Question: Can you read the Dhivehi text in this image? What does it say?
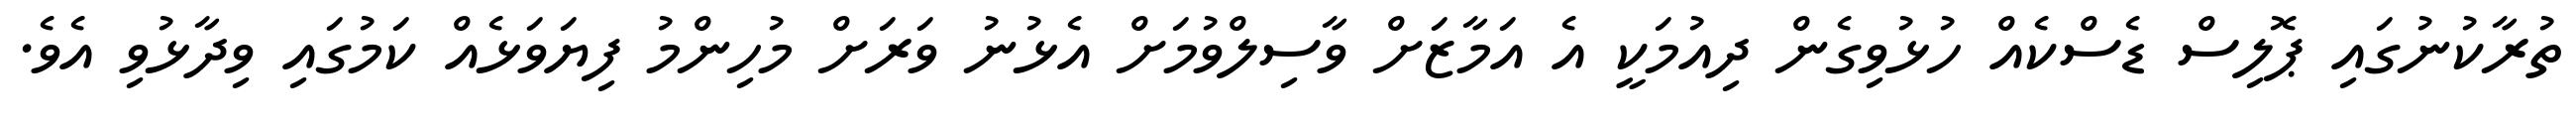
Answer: ތުރާކުނުގައި ޕޮލިސް ޑެސްކެއް ހުޅުވިގެން ދިއުމަކީ އެ އަމާޒަށް ވާސިލްވުމަށް އެޅުނު ވަރަށް މުހިންމު ފިޔަވަޅެއް ކަމުގައި ވިދާޅުވި އެވެ.